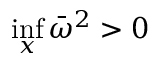
\operatorname* { i n f } _ { x } { \bar { \omega } } ^ { 2 } > 0